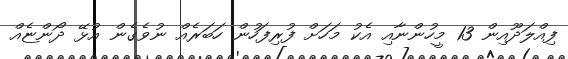
ފިއްލަދޫއިން 13 މީހުންނާއި އެކު މަހަށް ފުރިފަހުން ހަބަރެއް ނުވެގެން އުޅޭ ދޯންޏެއް